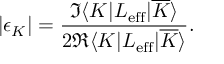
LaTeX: | \epsilon _ { K } | = { \frac { \Im \langle K | { \cal L } _ { \mathrm { e f f } } | { \overline { { K } } } \rangle } { 2 \Re \langle K | { \cal L } _ { \mathrm { e f f } } | { \overline { { K } } } \rangle } } .